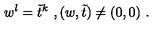
w ^ { l } = \tilde { t } ^ { k } \ , ( w , \tilde { t } ) \neq ( 0 , 0 ) \ .